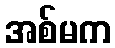
အစ်မက